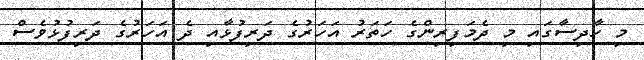
މި ހާދިސާގައި މި ދެމަފިރިންގެ ހަތަރު އަހަރުގެ ދަރިފުޅާއި ދެ އަހަރުގެ ދަރިފުޅުވެސް